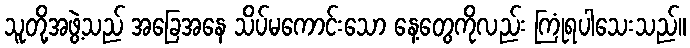
သူတို့အဖွဲ့သည် အခြေအနေ သိပ်မကောင်းသော နေ့တွေကိုလည်း ကြုံရပါသေးသည်။